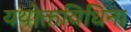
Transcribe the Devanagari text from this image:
यथोक्तविधिना